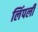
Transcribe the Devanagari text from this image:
लिंपली